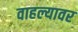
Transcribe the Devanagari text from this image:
वाहल्यावर